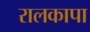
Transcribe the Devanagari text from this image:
रालकापा